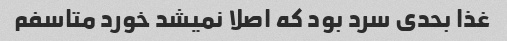
غذا بحدی سرد بود که اصلا نمیشد خورد متاسفم